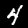
Label: 4